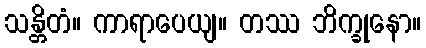
သန္တိတံ။ ကာရာပေယျ။ တဿ ဘိက္ခုနော။